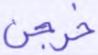
خرجن